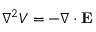
\nabla ^ { 2 } V = - \nabla \cdot \mathbf { E }